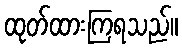
ထုတ်ထားကြရသည်။